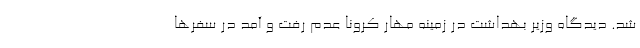
شد. دیدگاه وزیر بهداشت در زمینه مهار کرونا عدم رفت و آمد در سفرها